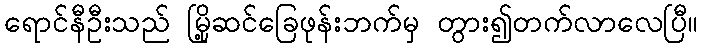
ရောင်နီဦးသည် မြို့ဆင်ခြေဖုန်းဘက်မှ တွား၍တက်လာလေပြီ။